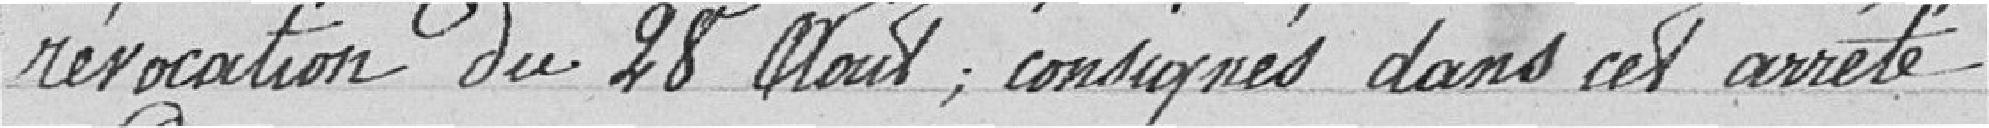
révocation du 28 août ; consignés dans cet arrêté.